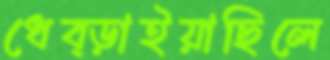
ধেব্‌ড়াইয়াছিলে